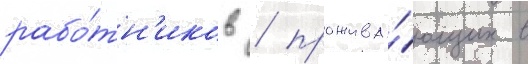
рабо́тн'иков / прожива́ющих в